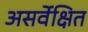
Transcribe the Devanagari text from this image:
असर्वेक्षित